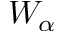
W _ { \alpha }